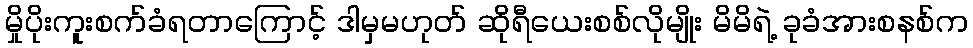
မှိုပိုးကူးစက်ခံရတာကြောင့် ဒါမှမဟုတ် ဆိုရီယေးစစ်လိုမျိုး မိမိရဲ့ ခုခံအားစနစ်က